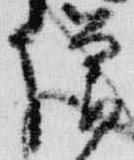
僧